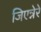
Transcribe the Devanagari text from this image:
जिएन्नेरे